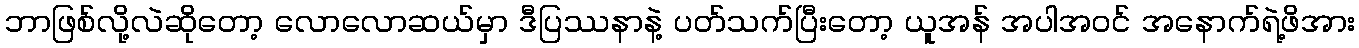
ဘာဖြစ်လို့လဲဆိုတော့ လောလောဆယ်မှာ ဒီပြဿနာနဲ့ ပတ်သက်ပြီးတော့ ယူအန် အပါအဝင် အနောက်ရဲ့ဖိအား